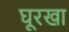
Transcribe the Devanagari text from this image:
घूरखा